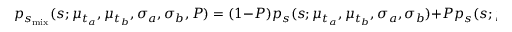
p _ { s _ { \mathrm { m i x } } } ( s ; \mu _ { t _ { a } } , \mu _ { t _ { b } } , \sigma _ { a } , \sigma _ { b } , P ) = ( 1 - P ) p _ { s } ( s ; \mu _ { t _ { a } } , \mu _ { t _ { b } } , \sigma _ { a } , \sigma _ { b } ) + P p _ { s } ( s ; \mu _ { t _ { b } } , \mu _ { t _ { a } } , \sigma _ { b } , \sigma _ { a } ) .